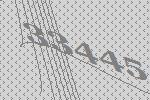
33445